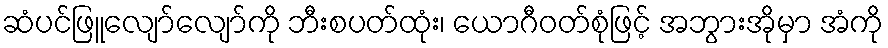
ဆံပင်ဖြူလျော်လျော်ကို ဘီးစပတ်ထုံး၊ ယောဂီဝတ်စုံဖြင့် အဘွားအိုမှာ အံကို